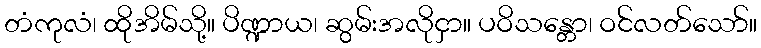
တံကုလံ၊ ထိုအိမ်သို့။ ပိဏ္ဍာယ၊ ဆွမ်းအလိုငှာ။ ပဝိသန္တော၊ ဝင်လတ်သော်။